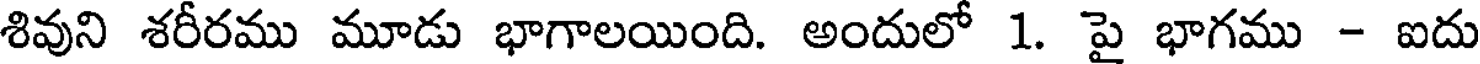
శివుని శరీరము మూడు భాగాలయింది. అందులో 1. పై భాగము - ఐదు